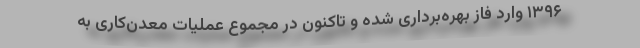
۱۳۹۶ وارد فاز بهره‌برداری شده و تاکنون در مجموع عملیات معدن‌کاری به